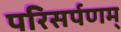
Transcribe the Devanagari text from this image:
परिसर्पणम्